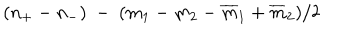
( n _ { + } - n _ { - } ) \ - \ ( m _ { 1 } - m _ { 2 } - { \overline { { { m } } } _ { 1 } } + { \overline { { { m } } } _ { 2 } } ) / 2